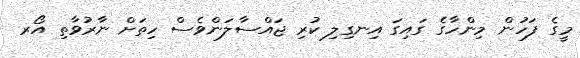
މީގެ ފަހުން މިންހާގެ ގައިގަ އިނގިލި ކުރި ޖައްސާލަންވެސް ހިތަށް ނާރުވާތި އޯރ